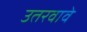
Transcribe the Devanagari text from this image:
उतरवावे